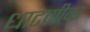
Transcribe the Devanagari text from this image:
धाटणीवर